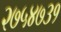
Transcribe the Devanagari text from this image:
२७५४७३१